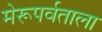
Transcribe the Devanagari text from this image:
मेरूपर्वताला